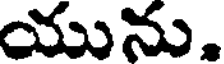
యును.